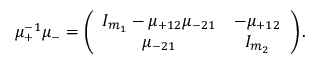
\mu _ { + } ^ { - 1 } \mu _ { - } = \left( \begin{array} { c c } { { I _ { m _ { 1 } } - \mu _ { + 1 2 } \mu _ { - 2 1 } } } & { { - \mu _ { + 1 2 } } } \\ { { \mu _ { - 2 1 } } } & { { I _ { m _ { 2 } } } } \end{array} \right) .